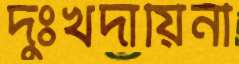
দুঃখদায়িনী